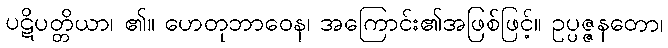
ပဋိပတ္တိယာ၊ ၏။ ဟေတုဘာဝေန၊ အကြောင်း၏အဖြစ်ဖြင့်။ ဥပ္ပဇ္ဇနတော၊